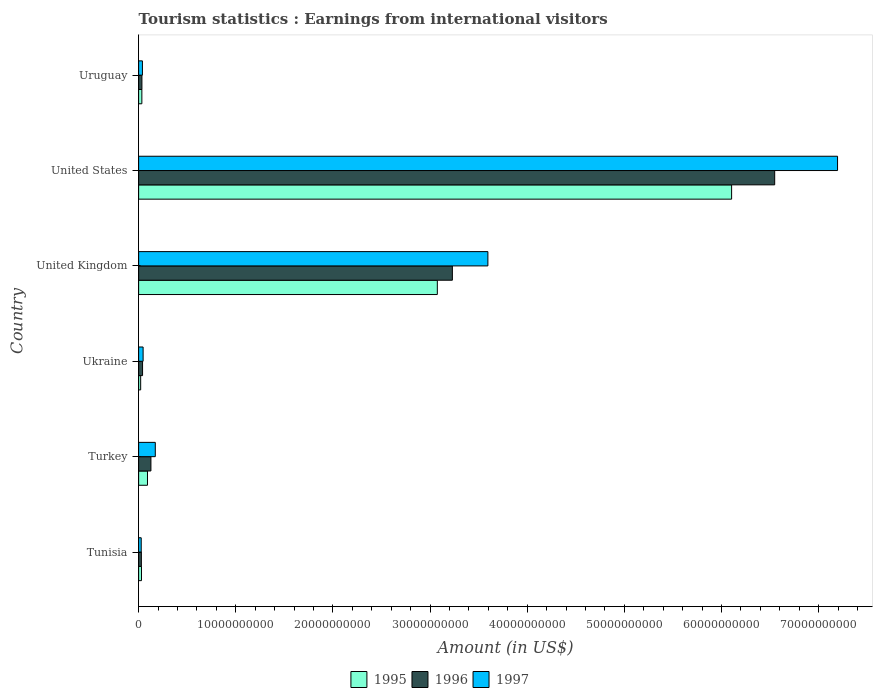
| Country | 1995 | 1996 | 1997 |
 | --- | --- | --- | --- |
 | Tunisia | 2.94e+08 | 2.82e+08 | 2.66e+08 |
 | Turkey | 9.11e+08 | 1.26e+09 | 1.72e+09 |
 | Ukraine | 2.1e+08 | 4.05e+08 | 4.62e+08 |
 | United Kingdom | 3.07e+10 | 3.23e+10 | 3.6e+10 |
 | United States | 6.1e+10 | 6.55e+10 | 7.19e+10 |
 | Uruguay | 3.32e+08 | 3.39e+08 | 3.91e+08 |